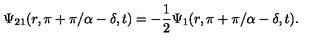
\Psi _ { 2 1 } ( r , \pi + \pi / \alpha - \delta , t ) = - { \frac { 1 } { 2 } } \Psi _ { 1 } ( r , \pi + \pi / \alpha - \delta , t ) .